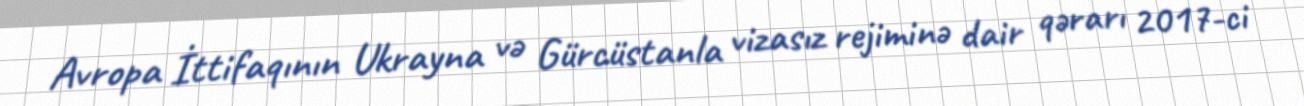
Avropa İttifaqının Ukrayna və Gürcüstanla vizasız rejiminə dair qərarı 2017-ci